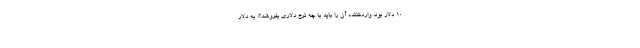
۱۰ دلار بود، واردکننده آن را باید با چه نرخ دلاری بفروشد؟، به دلار